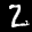
Label: 2